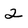
Character: 2